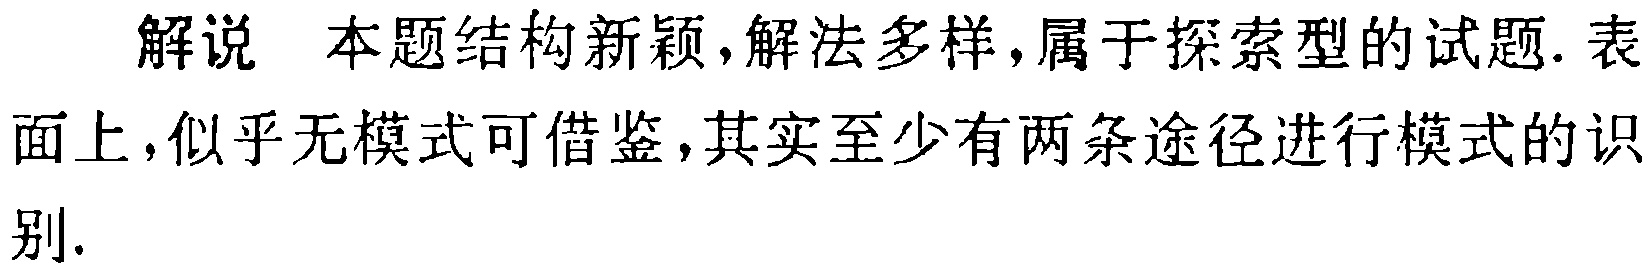
解说 本题结构新颖,解法多样,属于探索型的试题. 表面上,似乎无模式可借鉴,其实至少有两条途径进行模式的识别.